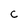
Character: C